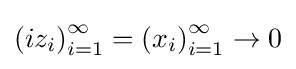
\left(iz_{i}\right)_{i=1}^{\infty }=\left(x_{i}\right)_{i=1}^{\infty }\to 0